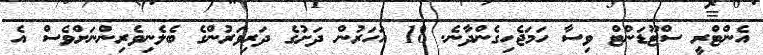
އެންޓްރީ ސްޓޫޑަންޓް ވިސާ ހަމަޖެހިގެންދާނެ. 18 އަހަރުން ދަށުގެ ދަރިވަރުންގެ ބެލެނިވެރިންނަށްވެސް އެ